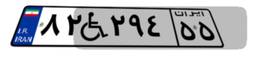
۹۴W۱۴۶۴۲